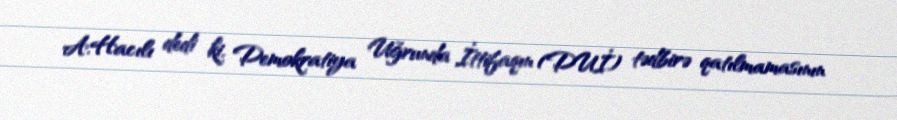
A.Hacılı dedi ki, Demokratiya Uğrunda İttifaqın (DUİ) tədbirə qatılmamasının